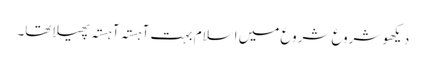
دیکھو شروع شروع میں اسلام بہت آہستہ آہستہ پھیلا تھا۔